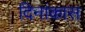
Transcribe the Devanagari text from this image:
दिनांकास